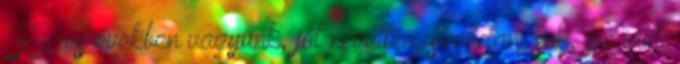
50-es években vagyunk, jól nevelten, szolidan. sok, az idilli